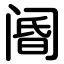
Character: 阍